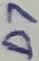
Text: D7